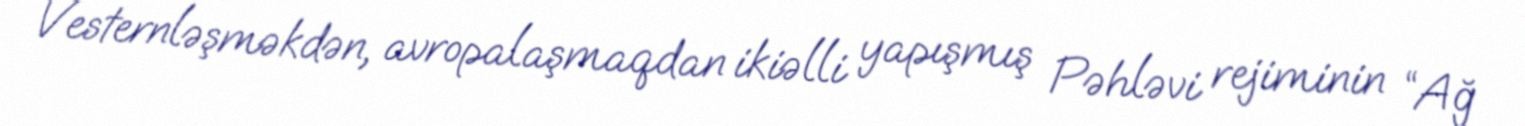
Vesternləşməkdən, avropalaşmaqdan ikiəlli yapışmış Pəhləvi rejiminin “Ağ